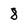
Character: 8